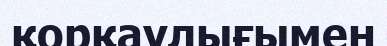
қорқаулығымен